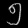
Digit: ၅